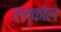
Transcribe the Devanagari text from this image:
एल्कोल